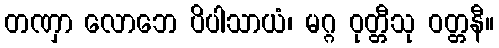
တဏှာ လောဘေ ပိပါသာယံ၊ မဂ္ဂ ဝုတ္တီသု ဝတ္တနီ။